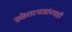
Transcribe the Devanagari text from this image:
संकेतस्थळांच्याही